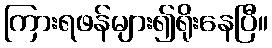
ကြားရဖန်များ၍ရိုးနေပြီ။